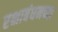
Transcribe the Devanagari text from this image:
रक्षाबंधनच्या